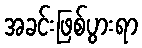
အခင်းဖြစ်ပွားရာ